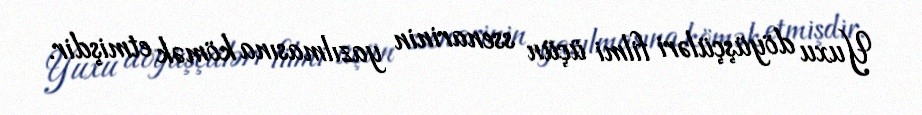
Yuxu döyüşçüləri filmi üçün ssenarinin yazılmasına kömək etmişdir.